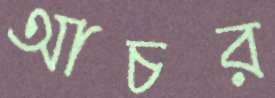
আচর